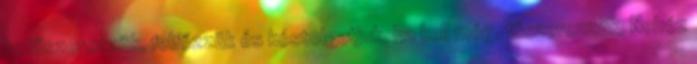
befűszerezzük, felfőzzük és kóstolgatjuk, ha kell még, fűszerezzük. Nehéz